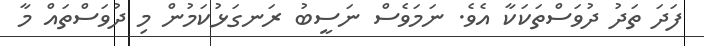
ފަދަ ތަދު ދުވަސްތަކަކާ އެވެ. ނަަމަވެސް ނަސީބު ރަނގަޅުކަމުން މި ދުވަސްތައް މާ